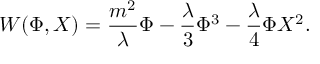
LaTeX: W ( \Phi , X ) = \frac { m ^ { 2 } } { \lambda } \Phi - \frac { \lambda } { 3 } \Phi ^ { 3 } - \frac { \lambda } { 4 } \Phi X ^ { 2 } .